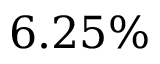
6 . 2 5 \%